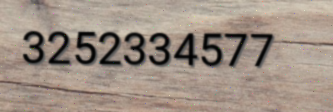
3252334577